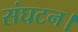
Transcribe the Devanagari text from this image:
संघटन।